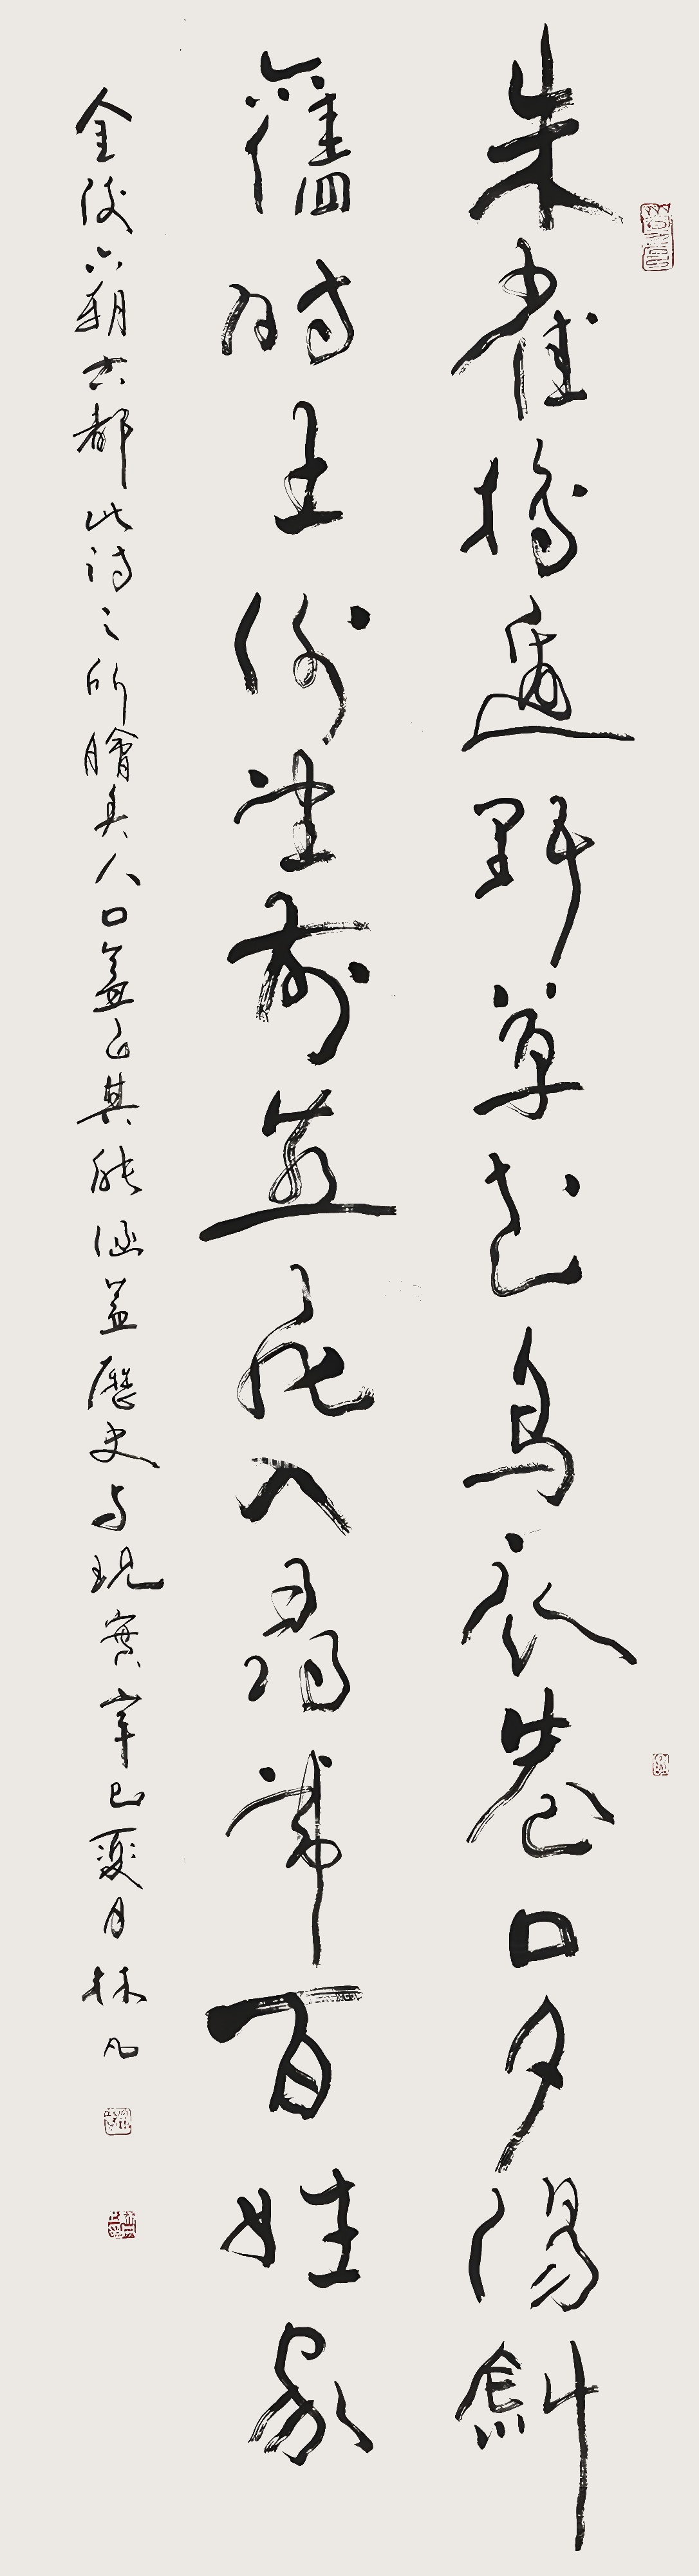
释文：朱雀桥边野草花，乌衣巷口夕阳斜。旧时王谢堂前燕，飞入寻常百姓家。金陵六朝古都，此诗之所脍炙人口盖以其能涵盖历史与现实。辛巳（2001年）夏月，林凡。